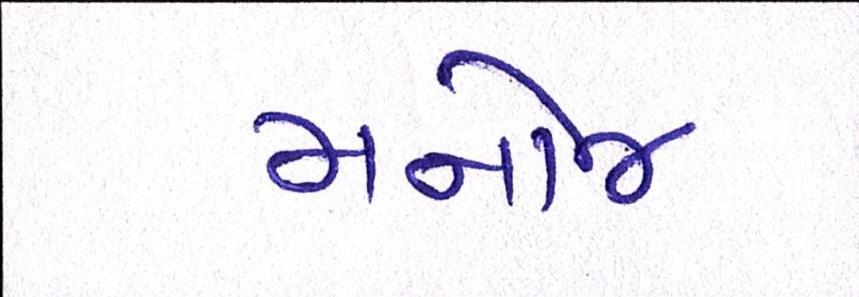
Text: મનોજ